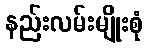
နည်းလမ်းမျိုးစုံ